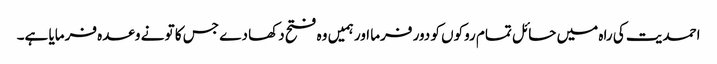
احمدیت کی راہ میں حائل تمام روکوں کو دور فرما اور ہمیں وہ فتح دکھا دے جس کا تو نے وعدہ فرمایا ہے۔